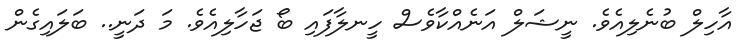
އާހިލް ބުނެލިއެވެ. ނީޝަލް އަނެއްކާވެސް ހީނލާފައި ބޯ ޖަހާލިއެވެ. މަ ދަނީ.. ބަލައިގެން